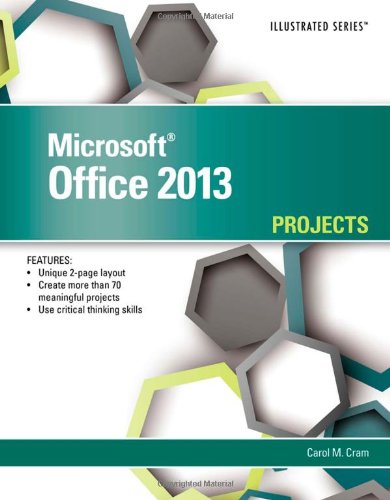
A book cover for Microsoft Office 2013: Illustrated Projects; Carol Cram; Computers & Technology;